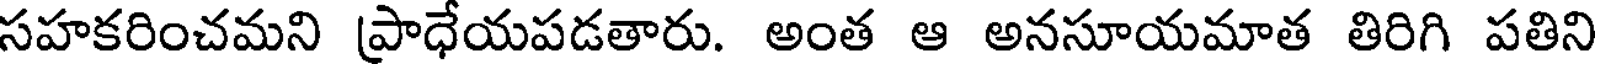
సహకరించమని ప్రాధేయపడతారు. అంత ఆ అనసూయమాత తిరిగి పతిని